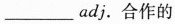
___adj.合作的